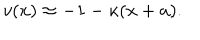
v ( x ) \approx - 1 - \kappa ( x + a ) .